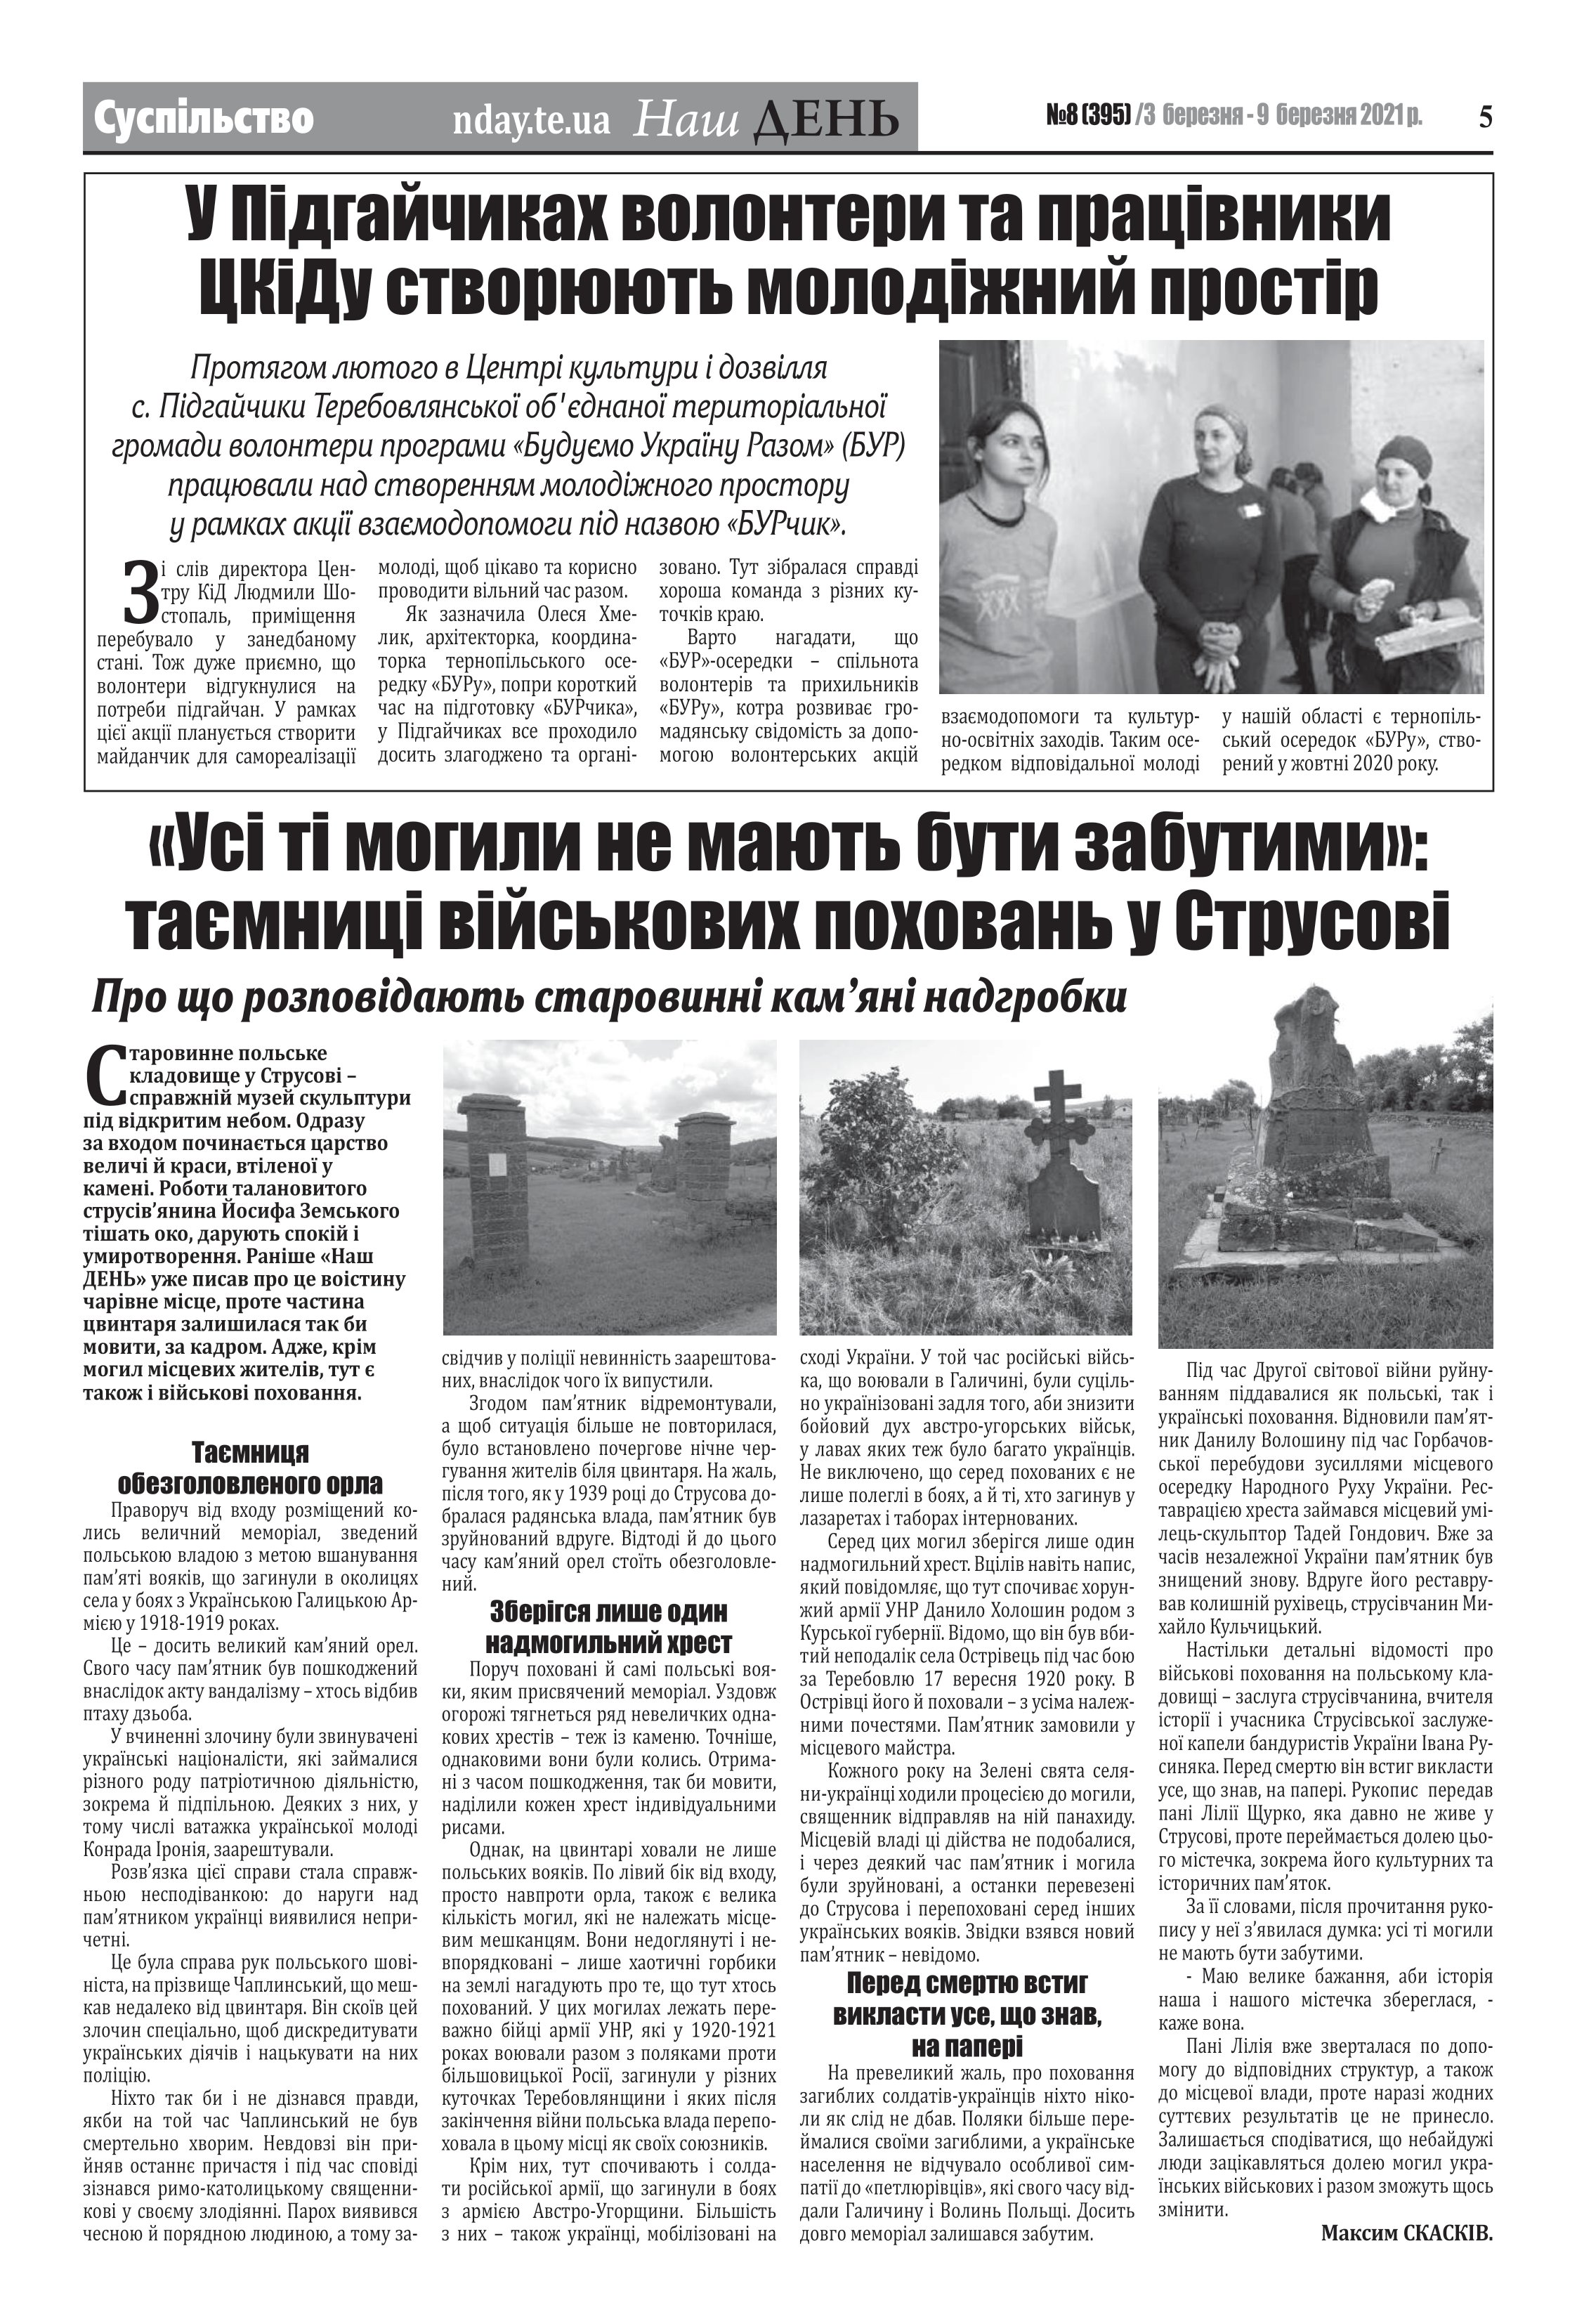
Language: uk